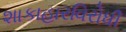
શાકાહારવિરોધી